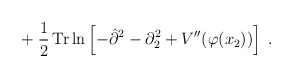
\begin{align*}+\;\frac{1}{2}\, {\rm Tr}\ln\left[-\hat{\partial}^2 - \partial_2^2 + V''(\varphi(x_2)) \right] \;.\end{align*}